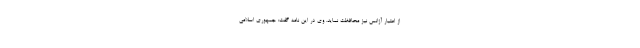
از اعتبار آژانس نیز محافظت نماید. وی در این نامه گفت: جمهوری اسلامی